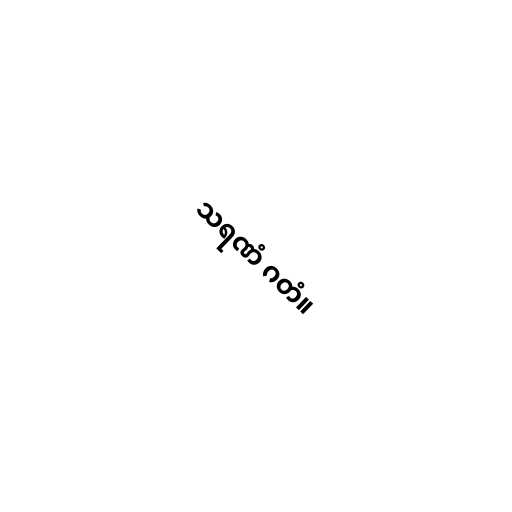
သရဏံ ဂတံ။